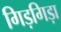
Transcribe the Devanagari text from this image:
गिड़गिड़ा